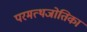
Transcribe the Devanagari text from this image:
परमत्थजोतिका